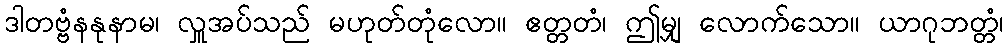
ဒါတဗ္ဗံနနုနာမ၊ လှူအပ်သည် မဟုတ်တုံလော။ ဧတ္တတံ၊ ဤမျှ လောက်သော။ ယာဂုဘတ္တံ၊